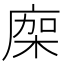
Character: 𢉤